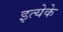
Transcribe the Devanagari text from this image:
इत्येके